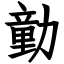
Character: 勭